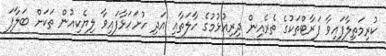
ކުރިމަތިލާފައިވާ ފަރާޓްތަކުގެ ތެރެއިން ދިރިއުޅުމުގެ ހާލަތާއި އަދި ހުށަހަޅާފައިވާ ލިޔެކިއުން ތަަކަށް ބަލާފަ